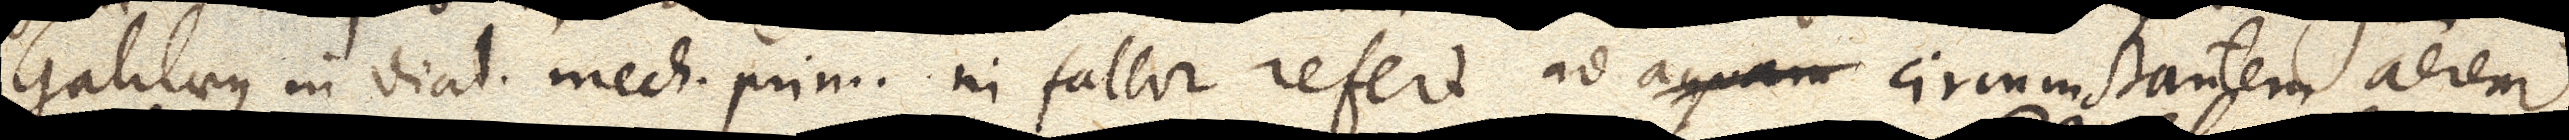
Galilaeus in dial. mech. prim. ni fallor refert ad aquam circumstantem aerem